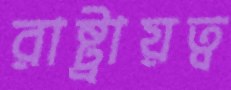
রাষ্ট্রায়ত্ব